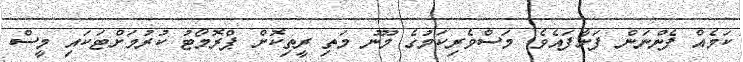
ކަމެއް ފެންނަން ފަށާފައެވެ. މަސްވެރިކަމުގެ މޫނު މަތި ރީތިކޮށް ޕްރޮމޯޓު ކުރުމަށްޓަކައި މީސް